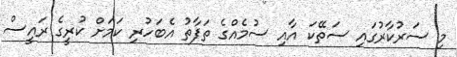
މި ސަރުކާރުގައި ސަތޭކަ އާއި ސުމެއްގެ ތަފާތު އެބަހުރި ކަމަށް ކުރީގެ ރައީސް